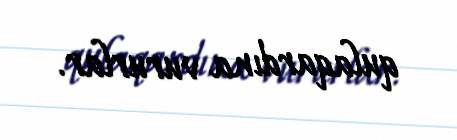
qulaqardına vururlar.